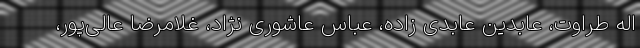
اله طراوت، عابدین عابدی زاده، عباس عاشوری نژاد، غلامرضا عالی‌پور،